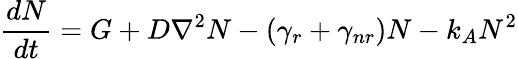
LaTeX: \frac{dN}{dt}=G+D\nabla^{2}N-(\gamma_{r}+\gamma_{nr})N-k_{A}N^{2}